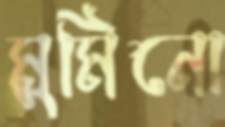
মুমিনো